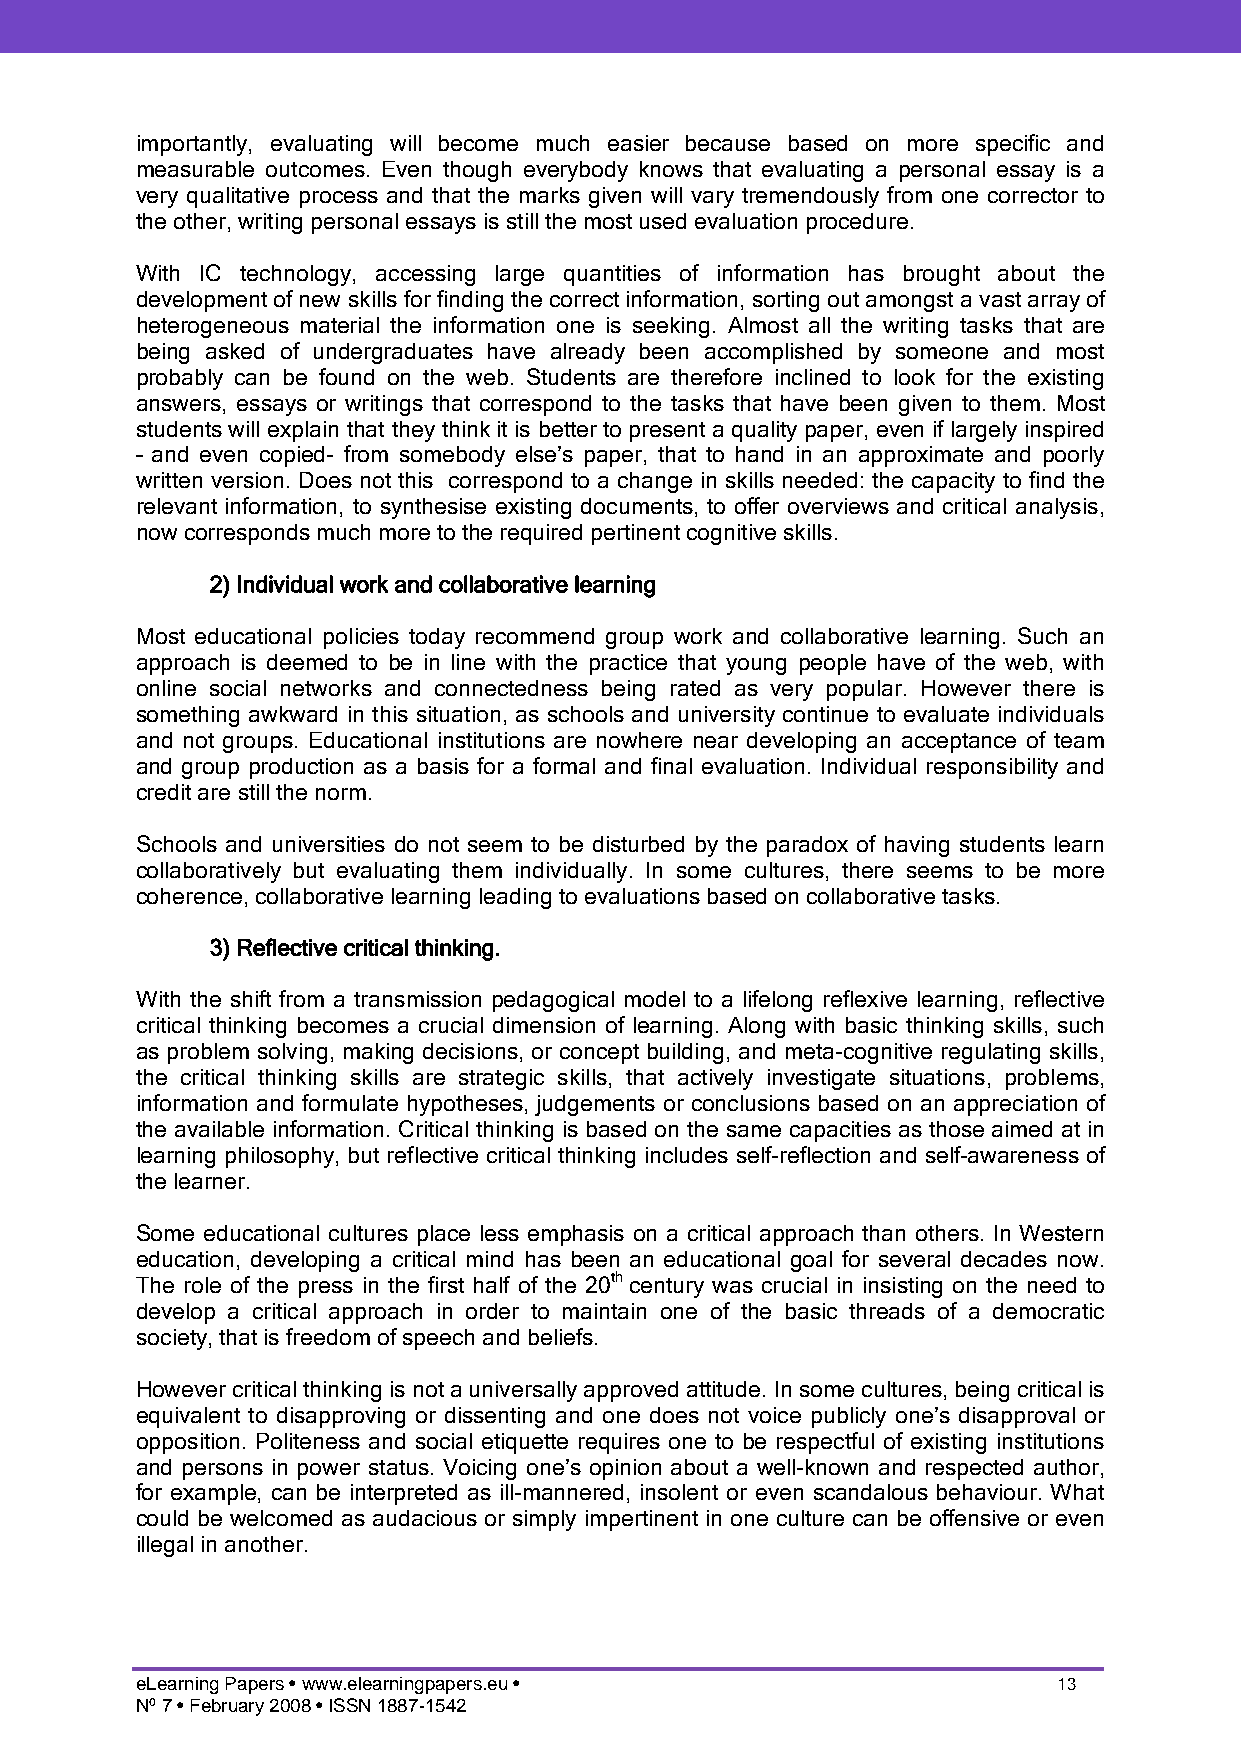
importantly, evaluating will become much easier because based on more specific and
 measurable outcomes. Even though everybody knows that evaluating a personal essay is a
 very qualitative process and that the marks given will vary tremendously from one corrector to
 the other, writing personal essays is still the most used evaluation procedure.
 With IC technology, accessing large quantities of information has brought about the
 development of new skills for finding the correct information, sorting out amongst a vast array of
 heterogeneous material the information one is seeking. Almost all the writing tasks that are
 being asked of undergraduates have already been accomplished by someone and most
 probably can be found on the web. Students are therefore inclined to look for the existing
 answers, essays or writings that correspond to the tasks that have been given to them. Most
 students will explain that they think it is better to present a quality paper, even if largely inspired
 – and even copied- from somebody else’s paper, that to hand in an approximate and poorly
 written version. Does not this correspond to a change in skills needed: the capacity to find the
 relevant information, to synthesise existing documents, to offer overviews and critical analysis,
 now corresponds much more to the required pertinent cognitive skills.
 2) Individual work and collaborative learning
 Most educational policies today recommend group work and collaborative learning. Such an
 approach is deemed to be in line with the practice that young people have of the web, with
 online social networks and connectedness being rated as very popular. However there is
 something awkward in this situation, as schools and university continue to evaluate individuals
 and not groups. Educational institutions are nowhere near developing an acceptance of team
 and group production as a basis for a formal and final evaluation. Individual responsibility and
 credit are still the norm.
 Schools and universities do not seem to be disturbed by the paradox of having students learn
 collaboratively but evaluating them individually. In some cultures, there seems to be more
 coherence, collaborative learning leading to evaluations based on collaborative tasks.
 3) Reflective critical thinking.
 With the shift from a transmission pedagogical model to a lifelong reflexive learning, reflective
 critical thinking becomes a crucial dimension of learning. Along with basic thinking skills, such
 as problem solving, making decisions, or concept building, and meta-cognitive regulating skills,
 the critical thinking skills are strategic skills, that actively investigate situations, problems,
 information and formulate hypotheses, judgements or conclusions based on an appreciation of
 the available information. Critical thinking is based on the same capacities as those aimed at in
 learning philosophy, but reflective critical thinking includes self-reflection and self-awareness of
 the learner.
 Some educational cultures place less emphasis on a critical approach than others. In Western
 education, developing a critical mind has been an educational goal for several decades now.
 The role of the press in the first half of the 20th century was crucial in insisting on the need to
 develop a critical approach in order to maintain one of the basic threads of a democratic
 society, that is freedom of speech and beliefs.
 However critical thinking is not a universally approved attitude. In some cultures, being critical is
 equivalent to disapproving or dissenting and one does not voice publicly one’s disapproval or
 opposition. Politeness and social etiquette requires one to be respectful of existing institutions
 and persons in power status. Voicing one’s opinion about a well-known and respected author,
 for example, can be interpreted as ill-mannered, insolent or even scandalous behaviour. What
 could be welcomed as audacious or simply impertinent in one culture can be offensive or even
 illegal in another.
 eLearning Papers • www.elearningpapers.eu •                  13
 Nº 7 • February 2008 • ISSN 1887-1542